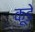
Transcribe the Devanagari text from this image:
कूडे